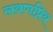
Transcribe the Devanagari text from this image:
लवणप्रिय